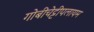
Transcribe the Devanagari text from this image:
गोबीचेट्टीपलायम